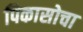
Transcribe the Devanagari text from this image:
पिकासोचा